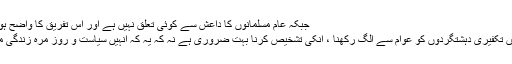
جبکہ عام مسلمانوں کا داعش سے کوئی تعلق نہیں ہے اور اس تفریق کا واضح ہونا بہت ضروری ہے
اسی طرح پاکستان میں تکفیری دہشتگردوں کو عوام سے الگ رکھنا ، انکی تشخیص کرنا بہت ضروری ہے نہ کہ یہ کہ انہیں سیاست و روز مرہ زندگی میں سپیس دی جائے ۔